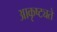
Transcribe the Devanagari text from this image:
आकृष्ट्यते